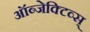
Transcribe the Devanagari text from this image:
ऑब्जेक्टिव्स्